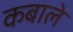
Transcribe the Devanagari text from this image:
कबाले